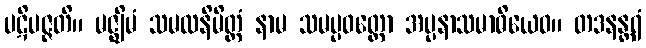
ပဋိပဇ္ဇတိ။ မဇ္ဈိမံ သမထနိမိတ္တံ နာမ သမပ္ပဝတ္တော အပ္ပနာသမာဓိယေဝ။ တဒနန္တရံ